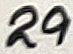
Text: 29